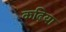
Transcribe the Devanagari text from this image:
कढ़िया